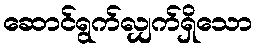
ဆောင်ရွက်လျှက်ရှိသော